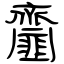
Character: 齏